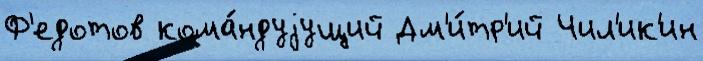
Ф'едотов кома́ндуjущий Дм'и́тр'ий Чил'ик'ин